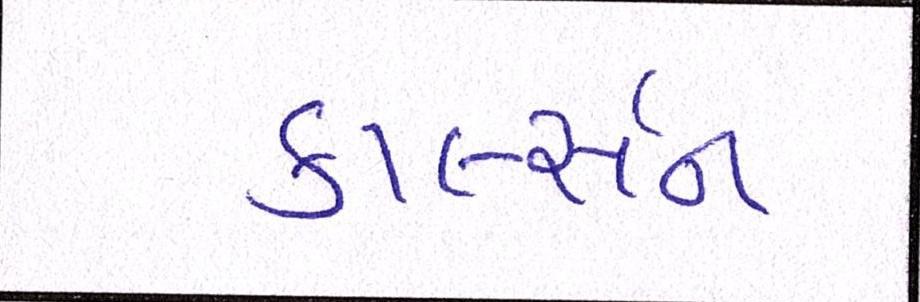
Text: કાર્લ્સન